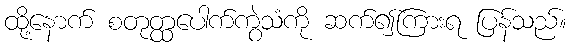
ထို့နောက် စတုတ္ထပေါက်ကွဲသံကို ဆက်၍ကြားရ ပြန်သည်။